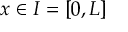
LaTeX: x \in I = [ 0 , L ]